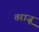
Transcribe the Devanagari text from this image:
तराज़ू़